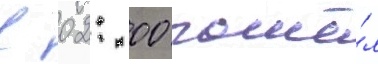
в 02: 00 пошё́л